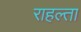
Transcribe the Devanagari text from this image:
राहल्ता